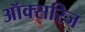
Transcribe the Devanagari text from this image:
ऑक्सरिज